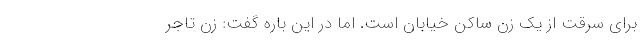
برای سرقت از یک زن ساکن خیابان است. اِما در این باره گفت: زن تاجر